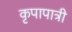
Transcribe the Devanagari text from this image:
कृपापात्री